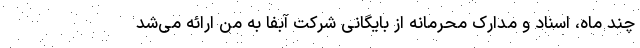
چند ماه، اسناد و مدارک محرمانه از بایگانی شرکت آبفا به من ارائه می‌شد